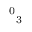
{ } ^ { 0 } { } _ { 3 }